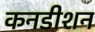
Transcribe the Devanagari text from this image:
कनडीशन